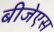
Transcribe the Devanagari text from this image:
बीजेएस